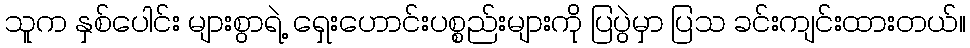
သူက နှစ်ပေါင်း များစွာရဲ့ ရှေးဟောင်းပစ္စည်းများကို ပြပွဲမှာ ပြသ ခင်းကျင်းထားတယ်။